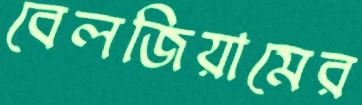
বেলজিয়ামের